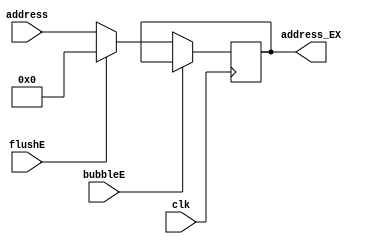
`timescale 1ns / 1ps
//  
    // Jal\Branch
    // JalIDNPC_Generator
    // BranchIDNPC_Generator
// 
    // clk               
    // address           (JalBranch)
    // bubbleE           EXbubble
    // flushE            EXflush
// 
    // address_EX        (Branch)
//   
    // 


module BR_Target_EX(
    input wire clk, bubbleE, flushE,
    input wire [31:0] address,
    output reg [31:0] address_EX
    );

    initial address_EX = 0;
    
    always@(posedge clk)
        if (!bubbleE) 
        begin
            if (flushE)
                address_EX <= 0;
            else 
                address_EX <= address;
        end
    
endmodule